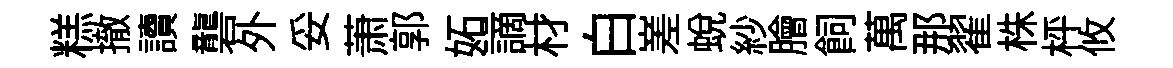
糕撤讀礱外妥萧郭妬謫材白嵳蜕紗膾飼萬那翟株枰攸